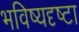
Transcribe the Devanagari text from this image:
भविष्यदृष्टा